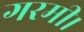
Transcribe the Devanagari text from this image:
गरमी।